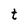
Character: t